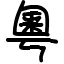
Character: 粵